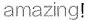
amazing!